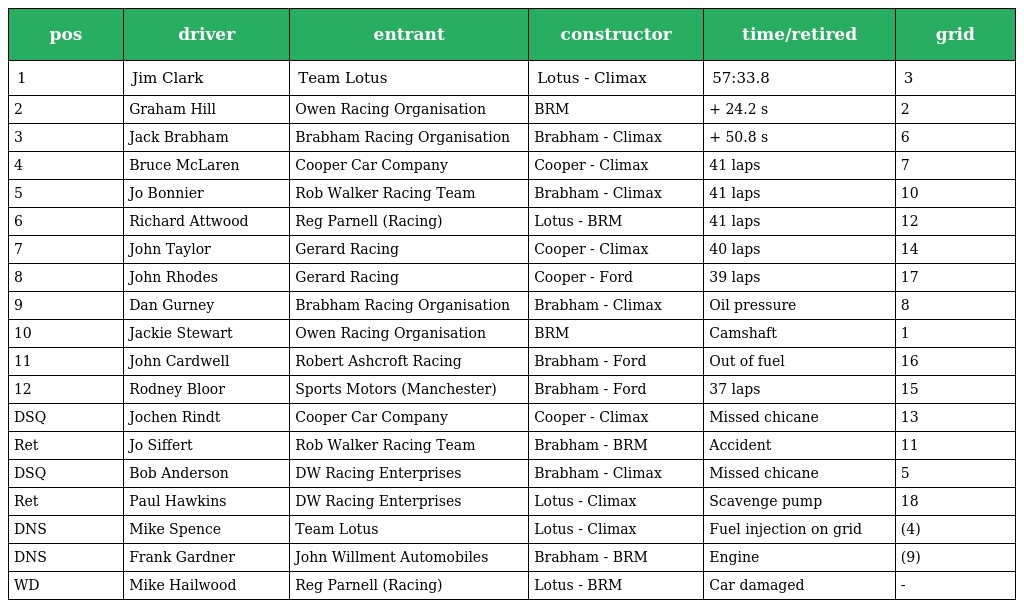
| pos | driver | entrant | constructor | time/retired | grid |
 | --- | --- | --- | --- | --- | --- |
 | 1 | Jim Clark | Team Lotus | Lotus - Climax | 57:33.8 | 3 |
 | 2 | Graham Hill | Owen Racing Organisation | BRM | + 24.2 s | 2 |
 | 3 | Jack Brabham | Brabham Racing Organisation | Brabham - Climax | + 50.8 s | 6 |
 | 4 | Bruce McLaren | Cooper Car Company | Cooper - Climax | 41 laps | 7 |
 | 5 | Jo Bonnier | Rob Walker Racing Team | Brabham - Climax | 41 laps | 10 |
 | 6 | Richard Attwood | Reg Parnell (Racing) | Lotus - BRM | 41 laps | 12 |
 | 7 | John Taylor | Gerard Racing | Cooper - Climax | 40 laps | 14 |
 | 8 | John Rhodes | Gerard Racing | Cooper - Ford | 39 laps | 17 |
 | 9 | Dan Gurney | Brabham Racing Organisation | Brabham - Climax | Oil pressure | 8 |
 | 10 | Jackie Stewart | Owen Racing Organisation | BRM | Camshaft | 1 |
 | 11 | John Cardwell | Robert Ashcroft Racing | Brabham - Ford | Out of fuel | 16 |
 | 12 | Rodney Bloor | Sports Motors (Manchester) | Brabham - Ford | 37 laps | 15 |
 | DSQ | Jochen Rindt | Cooper Car Company | Cooper - Climax | Missed chicane | 13 |
 | Ret | Jo Siffert | Rob Walker Racing Team | Brabham - BRM | Accident | 11 |
 | DSQ | Bob Anderson | DW Racing Enterprises | Brabham - Climax | Missed chicane | 5 |
 | Ret | Paul Hawkins | DW Racing Enterprises | Lotus - Climax | Scavenge pump | 18 |
 | DNS | Mike Spence | Team Lotus | Lotus - Climax | Fuel injection on grid | (4) |
 | DNS | Frank Gardner | John Willment Automobiles | Brabham - BRM | Engine | (9) |
 | WD | Mike Hailwood | Reg Parnell (Racing) | Lotus - BRM | Car damaged | - |